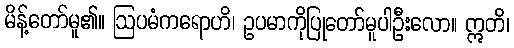
မိန့်တော်မူ၏။ ဩပမံကရောဟိ၊ ဥပမာကိုပြုတော်မူပါဦးလော။ ဣတိ၊